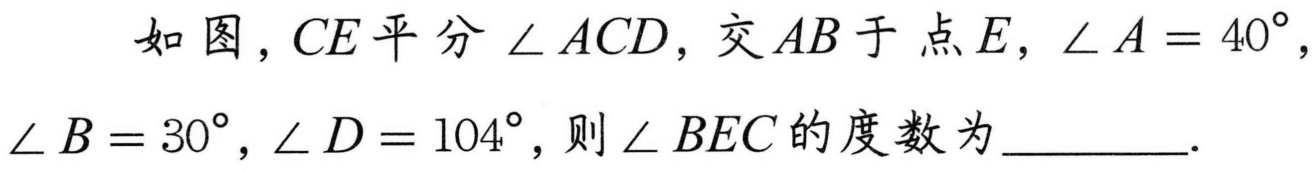
如图，$CE$平分$\angle ACD$，交$AB$于点$E$，$\angle A = 40^{\circ}$，$\angle B = 30^{\circ}$，$\angle D = 104^{\circ}$，则$\angle BEC$的度数为  ．